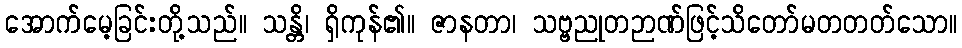
အောက်မေ့ခြင်းတို့သည်။ သန္တိ၊ ရှိကုန်၏။ ဇာနတာ၊ သဗ္ဗညုတဉာဏ်ဖြင့်သိတော်မတတတ်သော။